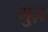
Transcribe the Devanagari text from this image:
गुज़